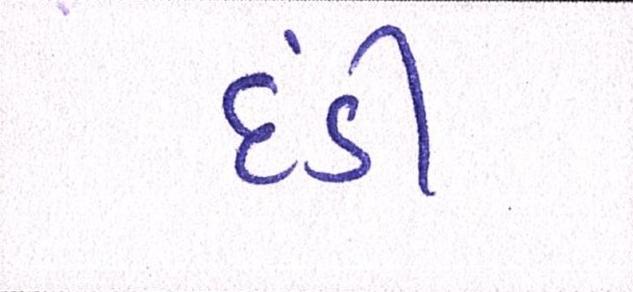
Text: દંડી